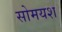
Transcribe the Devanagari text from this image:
सोमयश